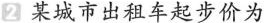
2 某城市出租车起步价为